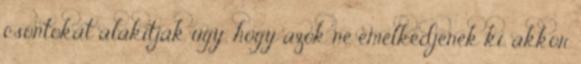
csontokat alakítják úgy, hogy azok ne emelkedjenek ki, akkor